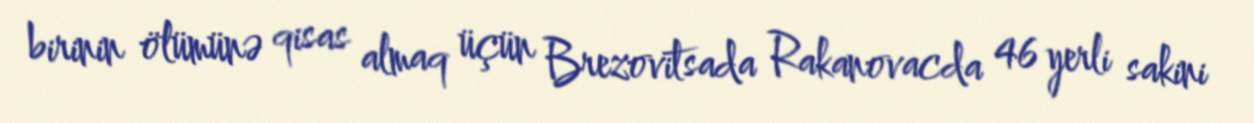
birinin ölümünə qisas almaq üçün Brezovitsada Rakanovacda 46 yerli sakini